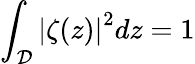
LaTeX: \int_{\mathcal{D}}{\left|\zeta(z)\right|}^{2}dz=1